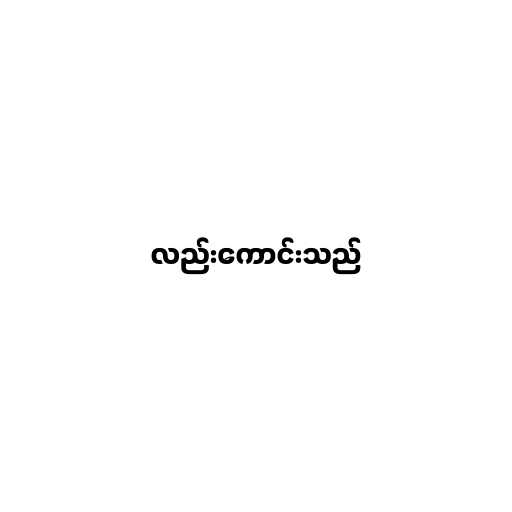
လည်းကောင်းသည်